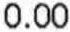
0.00